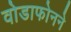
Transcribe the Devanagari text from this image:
वोडाफोनने